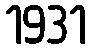
1931